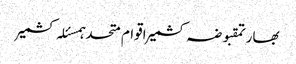
بھارتمقبوضہ کشمیراقوام متحدہمسئلہ کشمیر